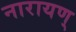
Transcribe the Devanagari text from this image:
नारायण्